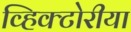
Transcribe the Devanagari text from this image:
व्हिक्टोरीया